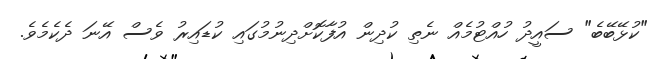
"ކުޅޭބޭބެ" ސައީދު ހުއްޓުމެއް ނެތި ކުދިން އުފާކޮށްދިނުމުގައި ކުޑައިރު ވެސް އޭނަ ދެކެމެވެ.